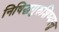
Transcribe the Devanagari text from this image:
निषिद्धगुरुशिष्यस्तु